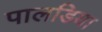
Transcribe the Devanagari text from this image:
पालडिया